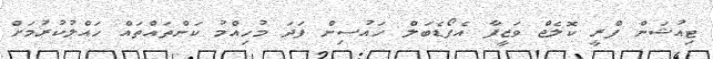
ޓިއުޝަން ފްރީ ކޮލެޖް ވަޒީފާ އެފޯޑެބަލް ހައުސިން ފަދަ މުހިއްމު ކަންތައްތައް ހައްލުކުރުމަށް